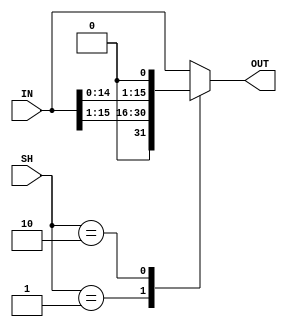
module Shifter (IN, SH, OUT);

	input [15:0] IN;
	input [1:0] SH;
	
	output reg [15:0] OUT;

	always @ (IN or SH)
	begin
	
		case (SH)
		
			0:  OUT = IN; //No Shift
			1:	 OUT = IN >> 1; //Shift Right
			2:  OUT = IN << 1; //Shift Left

			default: OUT = IN; //No Shift
			
		endcase
	end
		
endmodule